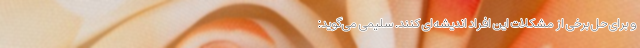
و برای حل برخی از مشکلات این افراد ‌اندیشه‌ای کنند. سلیمی می‌گوید: